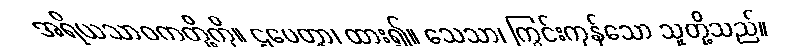
အရိယသာဝကတို့ကို။ ဌပေတွာ၊ ထား၍။ သေသာ၊ ကြွင်းကုန်သော သူတို့သည်။